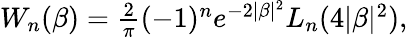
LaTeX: \begin{array}{r}{W_{n}(\beta)=\frac{2}{\pi}(-1)^{n}e^{-2|\beta|^{2}}L_{n}(4|\beta|^{2}),}\end{array}